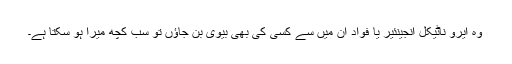
وہ ایرو ناٹیکل انجینئیر یا فواد ان میں سے کسی کی بھی بیوی بن جاؤں تو سب کچھ میرا ہو سکتا ہے۔